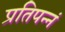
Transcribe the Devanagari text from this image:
प्रतिपन्नं